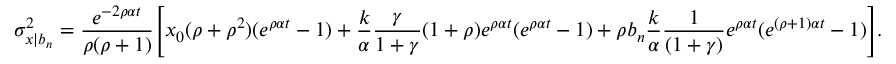
\sigma _ { x | b _ { n } } ^ { 2 } = \frac { e ^ { - 2 \rho \alpha t } } { \rho ( \rho + 1 ) } \Bigg [ x _ { 0 } ( \rho + \rho ^ { 2 } ) ( e ^ { \rho \alpha t } - 1 ) + \frac { k } { \alpha } \frac { \gamma } { 1 + \gamma } ( 1 + \rho ) e ^ { \rho \alpha t } ( e ^ { \rho \alpha t } - 1 ) + \rho b _ { n } \frac { k } { \alpha } \frac { 1 } { ( 1 + \gamma ) } e ^ { \rho \alpha t } ( e ^ { ( \rho + 1 ) \alpha t } - 1 ) \Bigg ] .